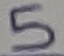
Text: 5